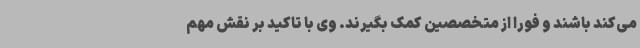
می‌کند باشند و فورا از متخصصین کمک بگیرند. وی با تاکید بر نقش مهم